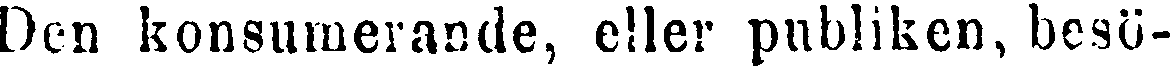
Den konsumerande, eller publiken, besö-